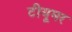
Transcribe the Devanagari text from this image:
टीयूमर